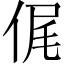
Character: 𠉜